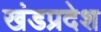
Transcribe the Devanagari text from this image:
खंडप्रदेश